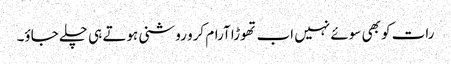
رات کو بھی سوئے نہیں اب تھوڑا آرام کرو روشنی ہوتے ہی چلے جاؤ۔